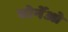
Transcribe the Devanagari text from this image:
बोर्नेओ